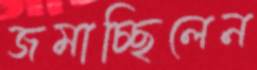
জমাচ্ছিলেন